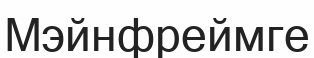
Мэйнфреймге